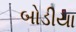
બોડીયા